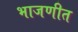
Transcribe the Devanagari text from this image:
भाजणीत